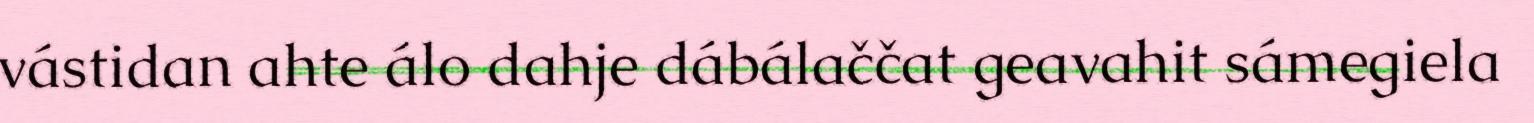
vástidan ahte álo dahje dábálaččat geavahit sámegiela